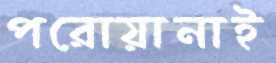
পরোয়ানাই